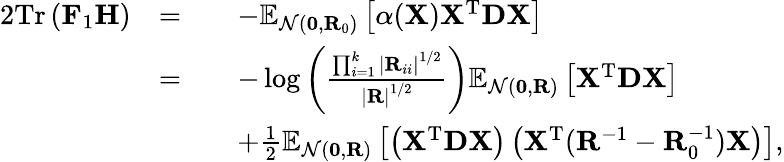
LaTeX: \begin{array}{rlrl}{{2}\mathrm{Tr}\left(\mathbf{F}_{1}\mathbf{H}\right)}&{=}&&{-\mathbb{E}_{\mathcal{N}(\mathbf{0},\mathbf{R}_{0})}\left[\alpha(\mathbf{X})\mathbf{X}^{\mathrm{T}}\mathbf{D}\mathbf{X}\right]}\\ &{=}&&{-\log\left(\frac{\prod_{i=1}^{k}\left|\mathbf{R}_{ii}\right|^{1/2}}{\left|\mathbf{R}\right|^{1/2}}\right)\mathbb{E}_{\mathcal{N}(\mathbf{0},\mathbf{R})}\left[\mathbf{X}^{\mathrm{T}}\mathbf{D}\mathbf{X}\right]}\\ &{}&&{+\frac{1}{2}\mathbb{E}_{\mathcal{N}(\mathbf{0},\mathbf{R})}\left[\left(\mathbf{X}^{\mathrm{T}}\mathbf{D}\mathbf{X}\right)\left(\mathbf{X}^{\mathrm{T}}(\mathbf{R}^{-1}-\mathbf{R}_{0}^{-1})\mathbf{X}\right)\right],}\end{array}